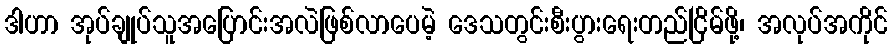
ဒါဟာ အုပ်ချုပ်သူအပြောင်းအလဲဖြစ်လာပေမဲ့ ဒေသတွင်းစီးပွားရေးတည်ငြိမ်ဖို့၊ အလုပ်အကိုင်